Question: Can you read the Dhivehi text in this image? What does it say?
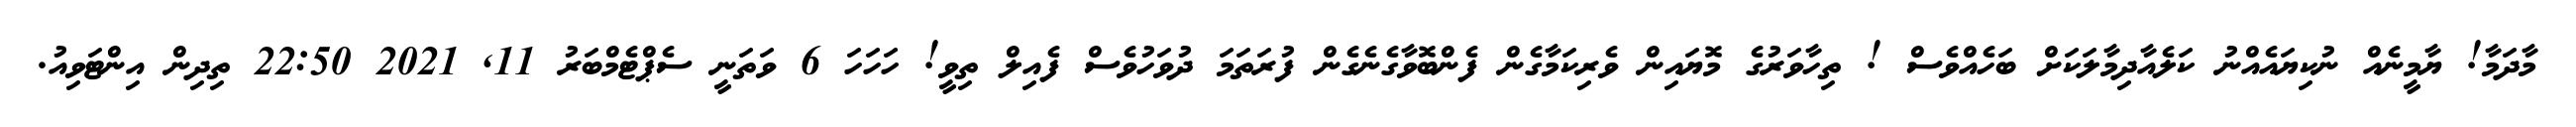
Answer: މާދަމާ! ޔާމީނެއް ނުކިޔައެއްނު ކަލެއާދިމާލަކަށް ބަހެއްވެސް ! ތިހާވަރުގެ މޮޔައިން ވެރިކަމާގެން ފެންބޮވާގެނެގެން ފުރަތަމަ ދުވަހުވެސް ފެއިލް ތިވީ! ހަހަހަ 6 ވަތަނީ ސެޕްޓެމްބަރު 11, 2021 22:50 ތިދިން އިންޓަވިއު.